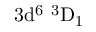
\mathrm { 3 d ^ { 6 } \ ^ { 3 } D _ { 1 } }